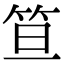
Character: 笪